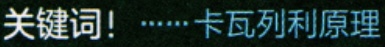
关键词！······卡瓦列利原理